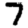
Digit: 7